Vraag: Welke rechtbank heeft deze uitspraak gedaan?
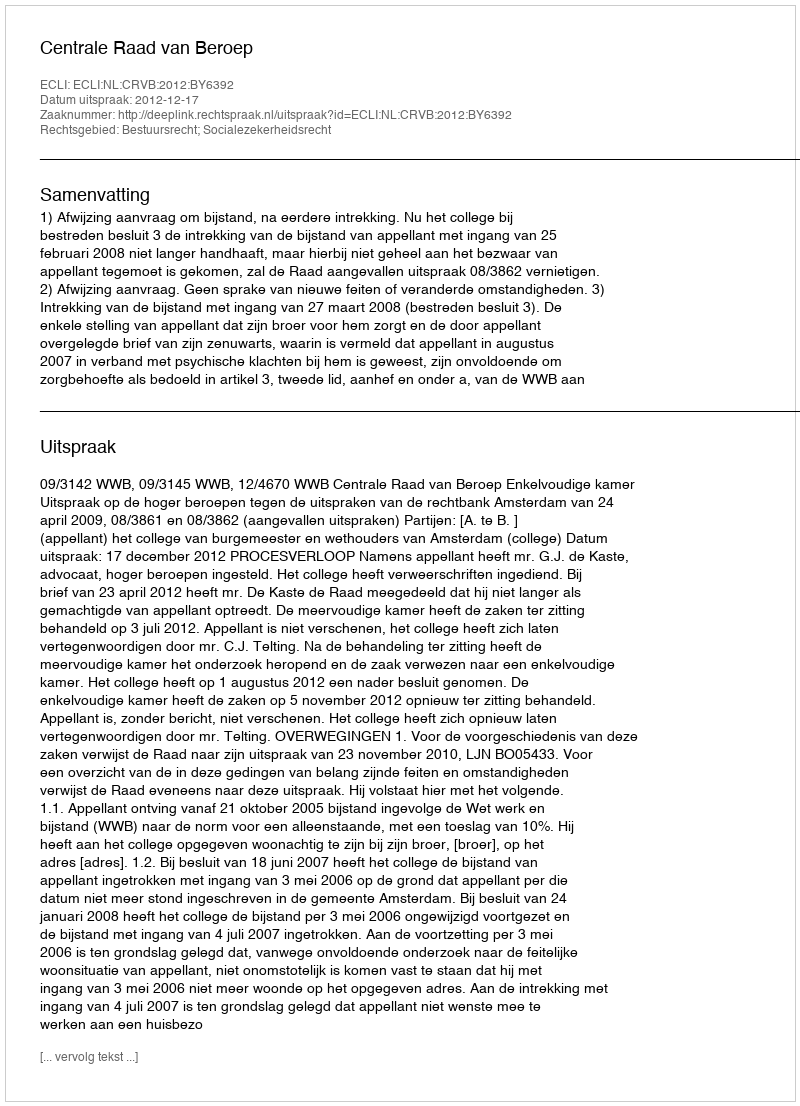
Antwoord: Centrale Raad van Beroep